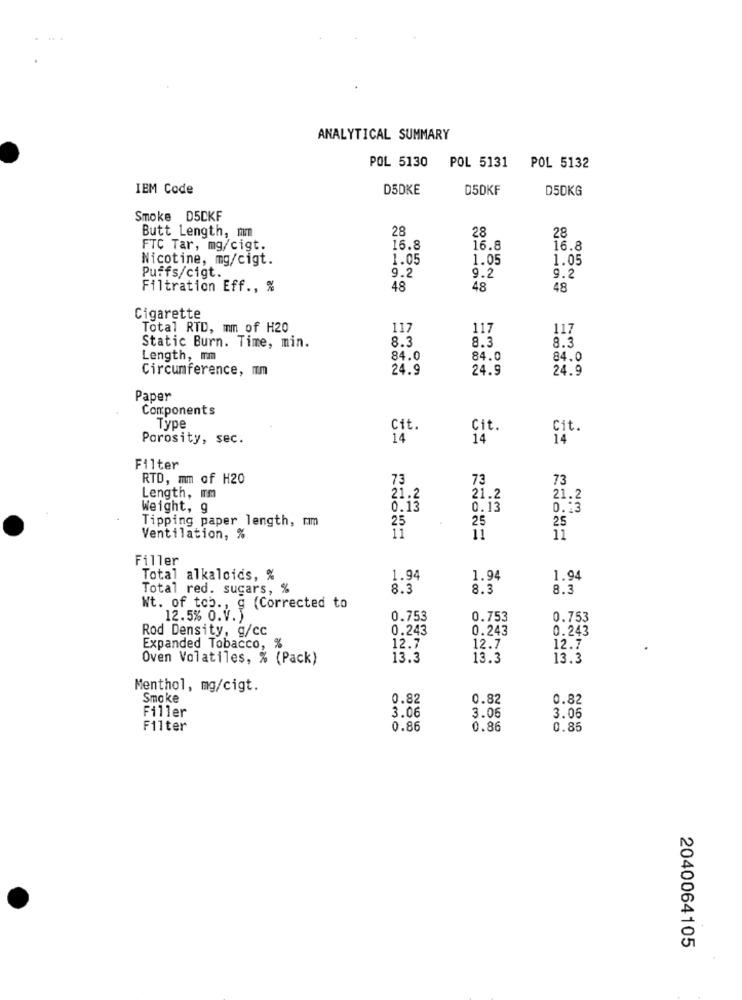
ANALYTICAL SUMMARY
POL 5130
POL 5131
POL 5132
IEM Code
D5DKE
05DKF
D5DKG
Smoke D5CKF
Butt Length, mm
28
28
28
FTC Tar, mg/cigt.
16.8
16.8
16.8
Nicotine, mg/cigt.
1.05
1.05
1.05
9.2
Puffs/cigt.
9.2
9.2
Filtration Eff ., %
48
48
48
Cigarette
Total RTD, mm of H20
117
117
117
Static Burn. Time, min.
8.3
8.3
8.3
Length, mm
84.0
84.0
84.0
Circumference, mm
24.9
24.9
24.9
Paper
Components
Type
Cit.
Cit.
Cit.
Porosity, sec.
14
14
14
Filter
RTD, mm of H20
73
73
73
21.2
Length, mm
21.2
21.2
Weight, g
0.13
0.13
0.23
Tipping paper length, mm
25
25
25
Ventilation, %
11
11
Filler
Total alkaloids, %
1.94
1.94
1.94
Total red. sucars, %
8.3
8.3
8.3
Nt. of tob ., g (Corrected to
12.5% O.V.
0.753
0.753
0.753
Rod Density, g/cc
0.243
0.243
0.243
Expanded Tobacco, %
12.7
12.7
12.7
Oven Volatiles, % (Pack)
13.3
13.3
13.3
Menthol, mg/cigt.
Smoke
0.82
0.82
0.82
Filler
3.06
3.06
3.06
Filter
0.86
0.86
0.85
2040064105